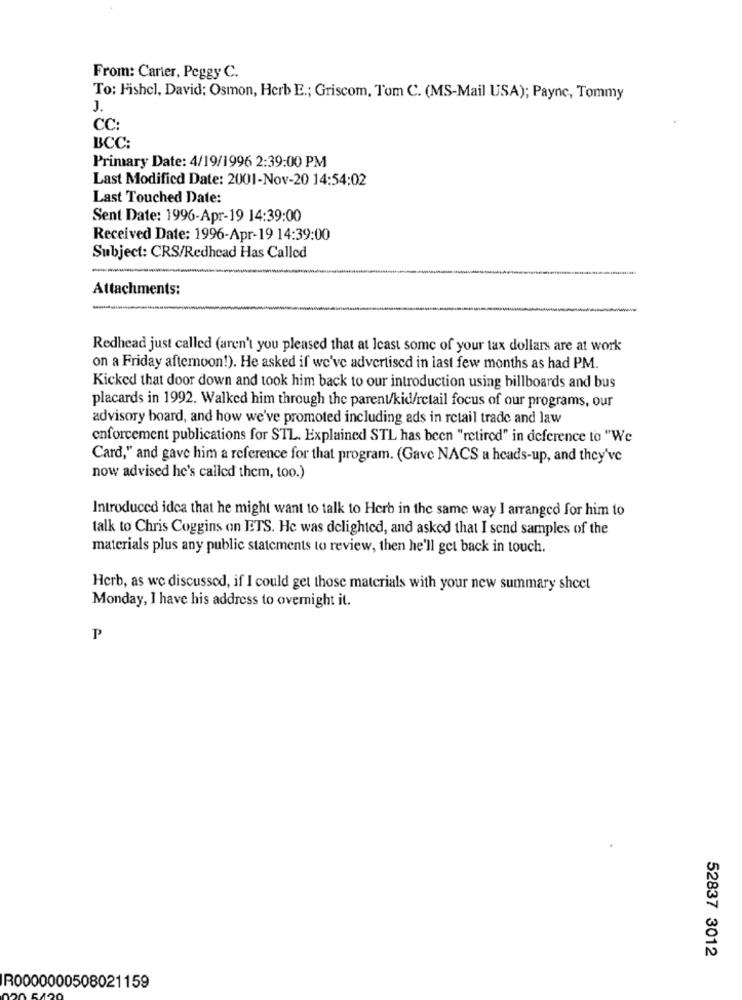
From: Carter, Peggy C.
To: Fishcl, David: Osmon, Herb E .; Griscom, Tom C. (MS-Mail USA); Payne, Tommy
CC:
BCC:
Primary Date: 4/19/1996 2:39:00 PM
Last Modified Date: 2001-Nov-20 14:54:02
Last Touched Date:
Sent Date: 1996-Apr-19 14:39:00
Received Date: 1996-Apr-19 14:39:00
Subject: CRS/Redhead Has Called
Attachments:
Redhead just called (aren't you pleased that at least some of your tax dollars are at work
on a Friday afternoon!). He asked if we've advertised in last few months as had PM.
Kicked that door down and took him back to our introduction using billboards and bus
placards in 1992. Walked him through the parent/kid/retail focus of our programs, our
advisory board, and how we've promoted including ads in retail trade and law
enforcement publications for STL. Explained STL has been "retired" in deference to "We
Card," and gave him a reference for that program. (Gave NACS a heads-up, and they've
now advised he's called them, too.)
Introduced idea that he might want to talk to Herb in the same way I arranged for him to
talk to Chris Coggins on ETS. He was delighted, and asked that I send samples of the
materials plus any public statements to review, then he'll get back in touch.
Herb, as we discussed, if I could get those materials with your new summary sheet
Monday, I have his address to overnight it.
P
52837 3012
R0000000508021159